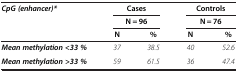
<table><thead><tr><td><b><i>CpG (enhancer)*</i></b></td><td colspan="2"><b>Cases</b></td><td colspan="2"><b>Controls</b></td></tr><tr><td><b> </b></td><td colspan="2"><b>N = 96</b></td><td colspan="2"><b>N = 76</b></td></tr><tr><td><b> </b></td><td><b>N</b></td><td><b>%</b></td><td><b>N</b></td><td><b>%</b></td></tr></thead><tbody><tr><td><b><i>Mean methylation &lt;33 %</i></b></td><td><i>37</i></td><td><i>38.5</i></td><td><i>40</i></td><td><i>52.6</i></td></tr><tr><td><b><i>Mean methylation &gt;33 %</i></b></td><td><i>59</i></td><td><i>61.5</i></td><td><i>36</i></td><td><i>47.4</i></td></tr></tbody></table>